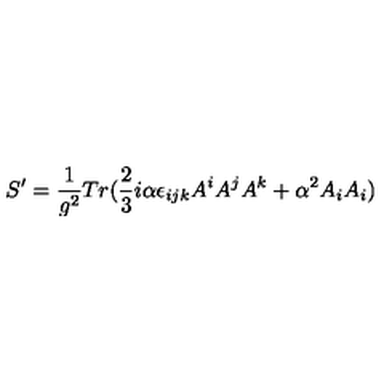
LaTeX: S ^ { \prime } = \frac { 1 } { g ^ { 2 } } T r ( \frac { 2 } { 3 } i \alpha \epsilon _ { i j k } A ^ { i } A ^ { j } A ^ { k } + \alpha ^ { 2 } A _ { i } A _ { i } )